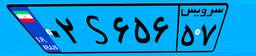
۰۲S۶۵۶۵۷